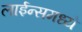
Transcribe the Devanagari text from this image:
लाईन्समध्ये